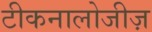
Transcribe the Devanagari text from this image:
टीकनालोजीज़